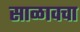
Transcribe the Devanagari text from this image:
साळावचा